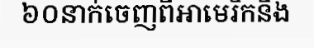
៦០នាក់ចេញពីអាមេរិកនិង